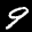
Label: 9